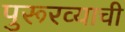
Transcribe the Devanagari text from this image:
पुरूरव्याची